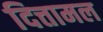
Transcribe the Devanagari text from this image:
दित्तामल